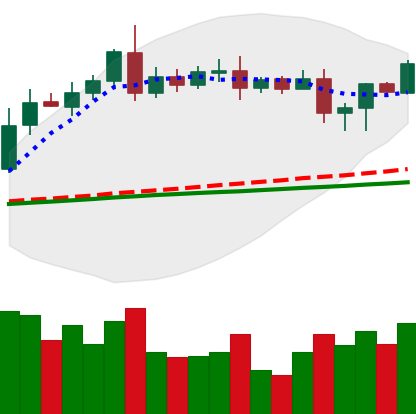
Ticker: LTC-USD
Chart end date: 2020-08-15
Forward return: 5.071%
Label: up_5_7